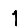
Digit: 1